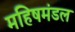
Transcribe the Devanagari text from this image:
महिषमंडल